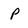
Character: P